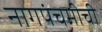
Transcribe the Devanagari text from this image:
नागपंचमीची